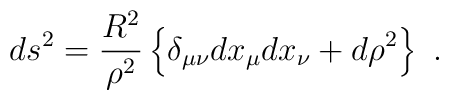
ds^2 = \frac{R^2}{\rho^2}\left\{ \delta_{\mu\nu}dx_\mu dx_\nu + d\rho^2 \right\}\ .